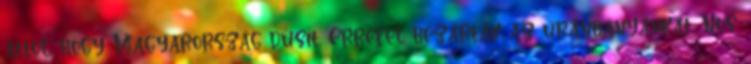
attól, hogy Magyarország dúsít. Errefel bezárták az uránbányánkat. Nos: